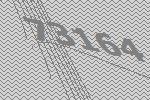
73164